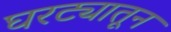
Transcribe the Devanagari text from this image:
घरट्यातून